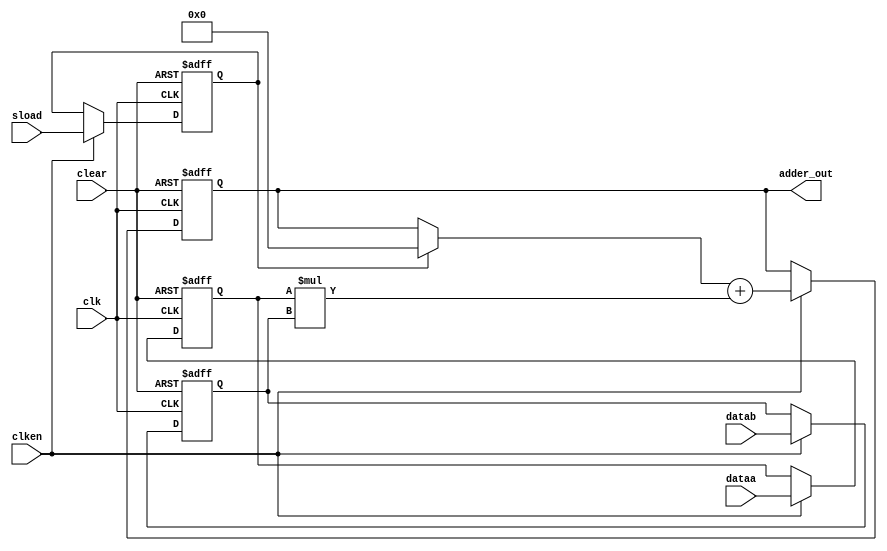
module signed_multiply_accumulate
#(parameter WIDTH=25)
(
	input clk, clear, clken, sload,
	input [WIDTH-1:0] dataa,
	input [WIDTH-1:0] datab,
	output reg [2*WIDTH-1:0] adder_out
);

	reg  [WIDTH-1:0] dataa_reg, datab_reg;
	reg  sload_reg;
	reg	 [2*WIDTH-1:0] old_result;
	wire [2*WIDTH-1:0] multa;

	assign multa = dataa_reg * datab_reg;

	always @ (adder_out, sload_reg)
	begin
		if (sload_reg)
			old_result <= 0;
		else
			old_result <= adder_out;
	end

	always @ (posedge clk or posedge clear)
	begin
		if (clear)
		begin
			dataa_reg <= 0;
			datab_reg <= 0;
			sload_reg <= 0;
			adder_out <= 0;
		end
		else if (clken)
		begin
			dataa_reg <= dataa;
			datab_reg <= datab;
			sload_reg <= sload;
			adder_out <= old_result + multa;
		end
	end

endmodule